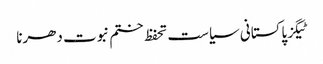
ٹیگزپاکستانی سیاست تحفظ ختم نبوت دھرنا